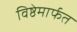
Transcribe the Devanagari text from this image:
विष्ठेमार्फत